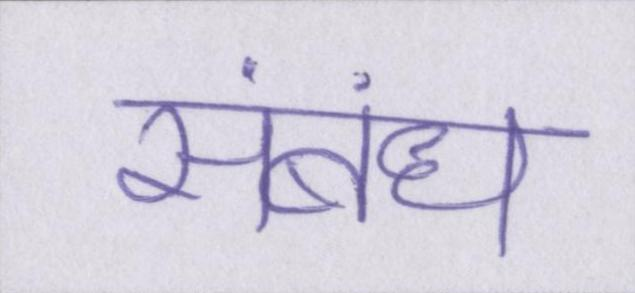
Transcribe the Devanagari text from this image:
संबंध